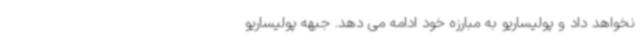
نخواهد داد و پولیساریو به مبارزه خود ادامه می دهد. جبهه پولیساریو